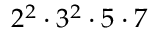
2 ^ { 2 } \cdot 3 ^ { 2 } \cdot 5 \cdot 7